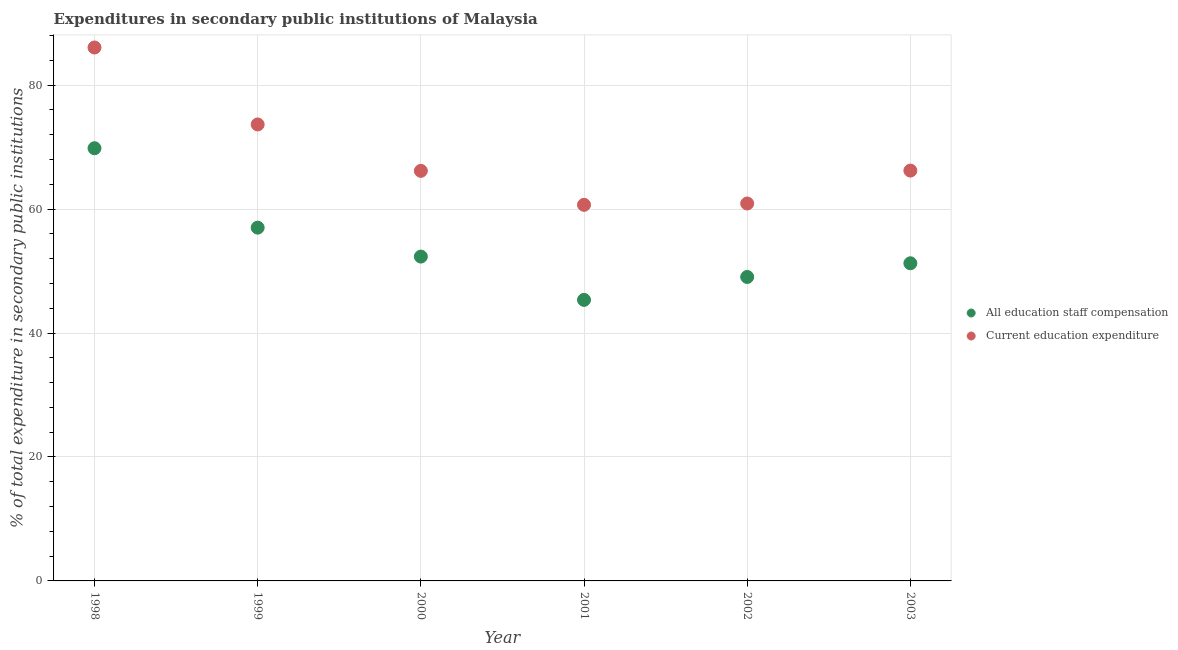
| Year | All education staff compensation | Current education expenditure |
 | --- | --- | --- |
 | 1998 | 69.8 | 86.1 |
 | 1999 | 57 | 73.7 |
 | 2000 | 52.3 | 66.2 |
 | 2001 | 45.4 | 60.7 |
 | 2002 | 49.1 | 60.9 |
 | 2003 | 51.3 | 66.2 |